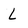
Character: L